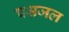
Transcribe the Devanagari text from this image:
पश्चजल